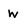
Character: w